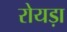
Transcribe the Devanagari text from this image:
रोयड़ा